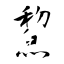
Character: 鯬